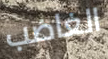
الغاضب